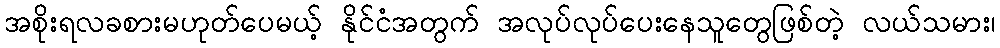
အစိုးရလခစားမဟုတ်ပေမယ့် နိုင်ငံအတွက် အလုပ်လုပ်ပေးနေသူတွေဖြစ်တဲ့ လယ်သမား၊